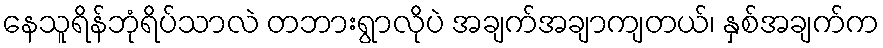
နေသူရိန်ဘုံရိပ်သာလဲ တဘားရွာလိုပဲ အချက်အချာကျတယ်၊ နှစ်အချက်က